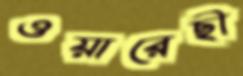
ওয়ারেছী